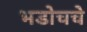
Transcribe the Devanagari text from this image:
भडोचचे